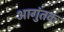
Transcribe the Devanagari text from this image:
आगुंतक